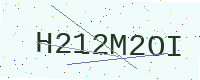
Text: H212M2OI